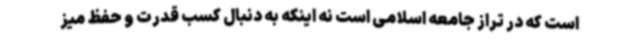
است که در تراز جامعه اسلامی است نه اینکه به دنبال کسب قدرت و حفظ میز